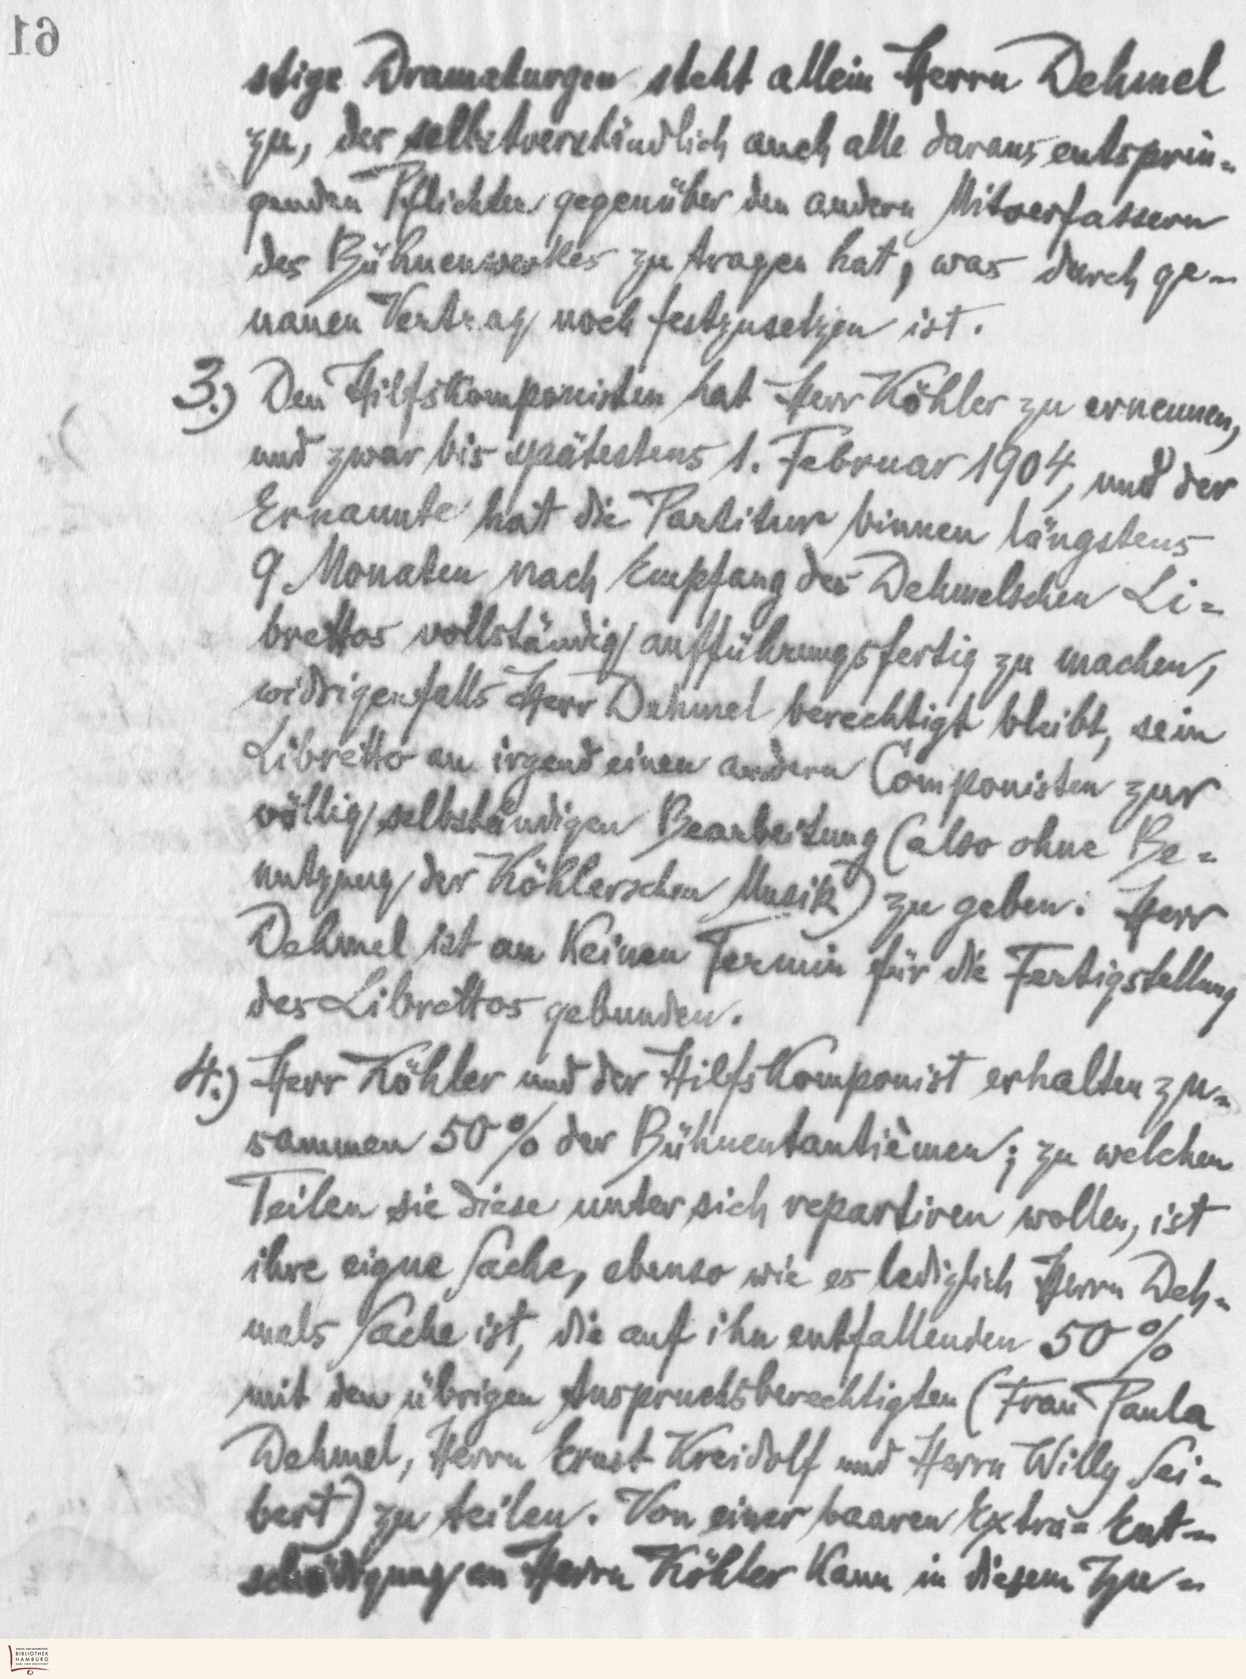
stige Dramaturgen steht allein Herrn Dehmel
zu, der selbstverständlich auch alle daraus entsprin-
genden Pflichten gegenüber den andern Mitverfassern
des Bühnenwerkes zu tragen hat, was durch ge-
nauen Vertrag noch festzusetzen ist.
3.) Den Hilfskomponisten hat Herr Köhler zu ernennen
und zwar bis spätestens 1. Februar 1904, und der
Ernannte hat die Partitur binnen längstens
9 Monaten nach Empfang des Dehmelschen Li-
brettos vollständig aufführungsfertig zu machen,
widrigenfalls Herr Dehmel berechtigt bleibt, sein
Libretto an irgend einen andern Componisten zur
völlig selbstständigen Bearbeitung (also ohne Be-
nutzung der Köhlerschen Musik) zu geben. Herr
Dehmel ist an keinen Termin für die Fertigstellung
des Librettos gebunden.
4.) Herr Köhler und der Hilfskomponist erhalten zu-
sammen 50% der Bühnentantiemen; zu welchen
Teilen sie diese unter sich repartiren wollen, ist
ihre eigene Sache, ebenso wie es lediglich Herrn Deh-
mels Sache ist, die auf ihn entfallenden 50%
mit den übrigen Anspruchsberechtigten (Frau Paula
Dehmel, Herrn Ernst Kreidolf und Herrn Willy Sei-
bert) zu teilen. Von einer baaren Extra-Ent-
schädigung an Herrn Köhler kann in diesem Zu-